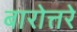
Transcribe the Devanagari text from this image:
बारोत्तरे